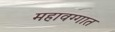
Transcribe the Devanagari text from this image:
महावग्गात